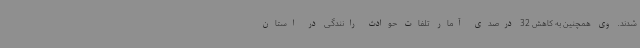
شدند. وی همچنین به کاهش 32 درصدی آمار تلفات حوادث رانندگی در استان